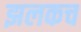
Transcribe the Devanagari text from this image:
झलकच